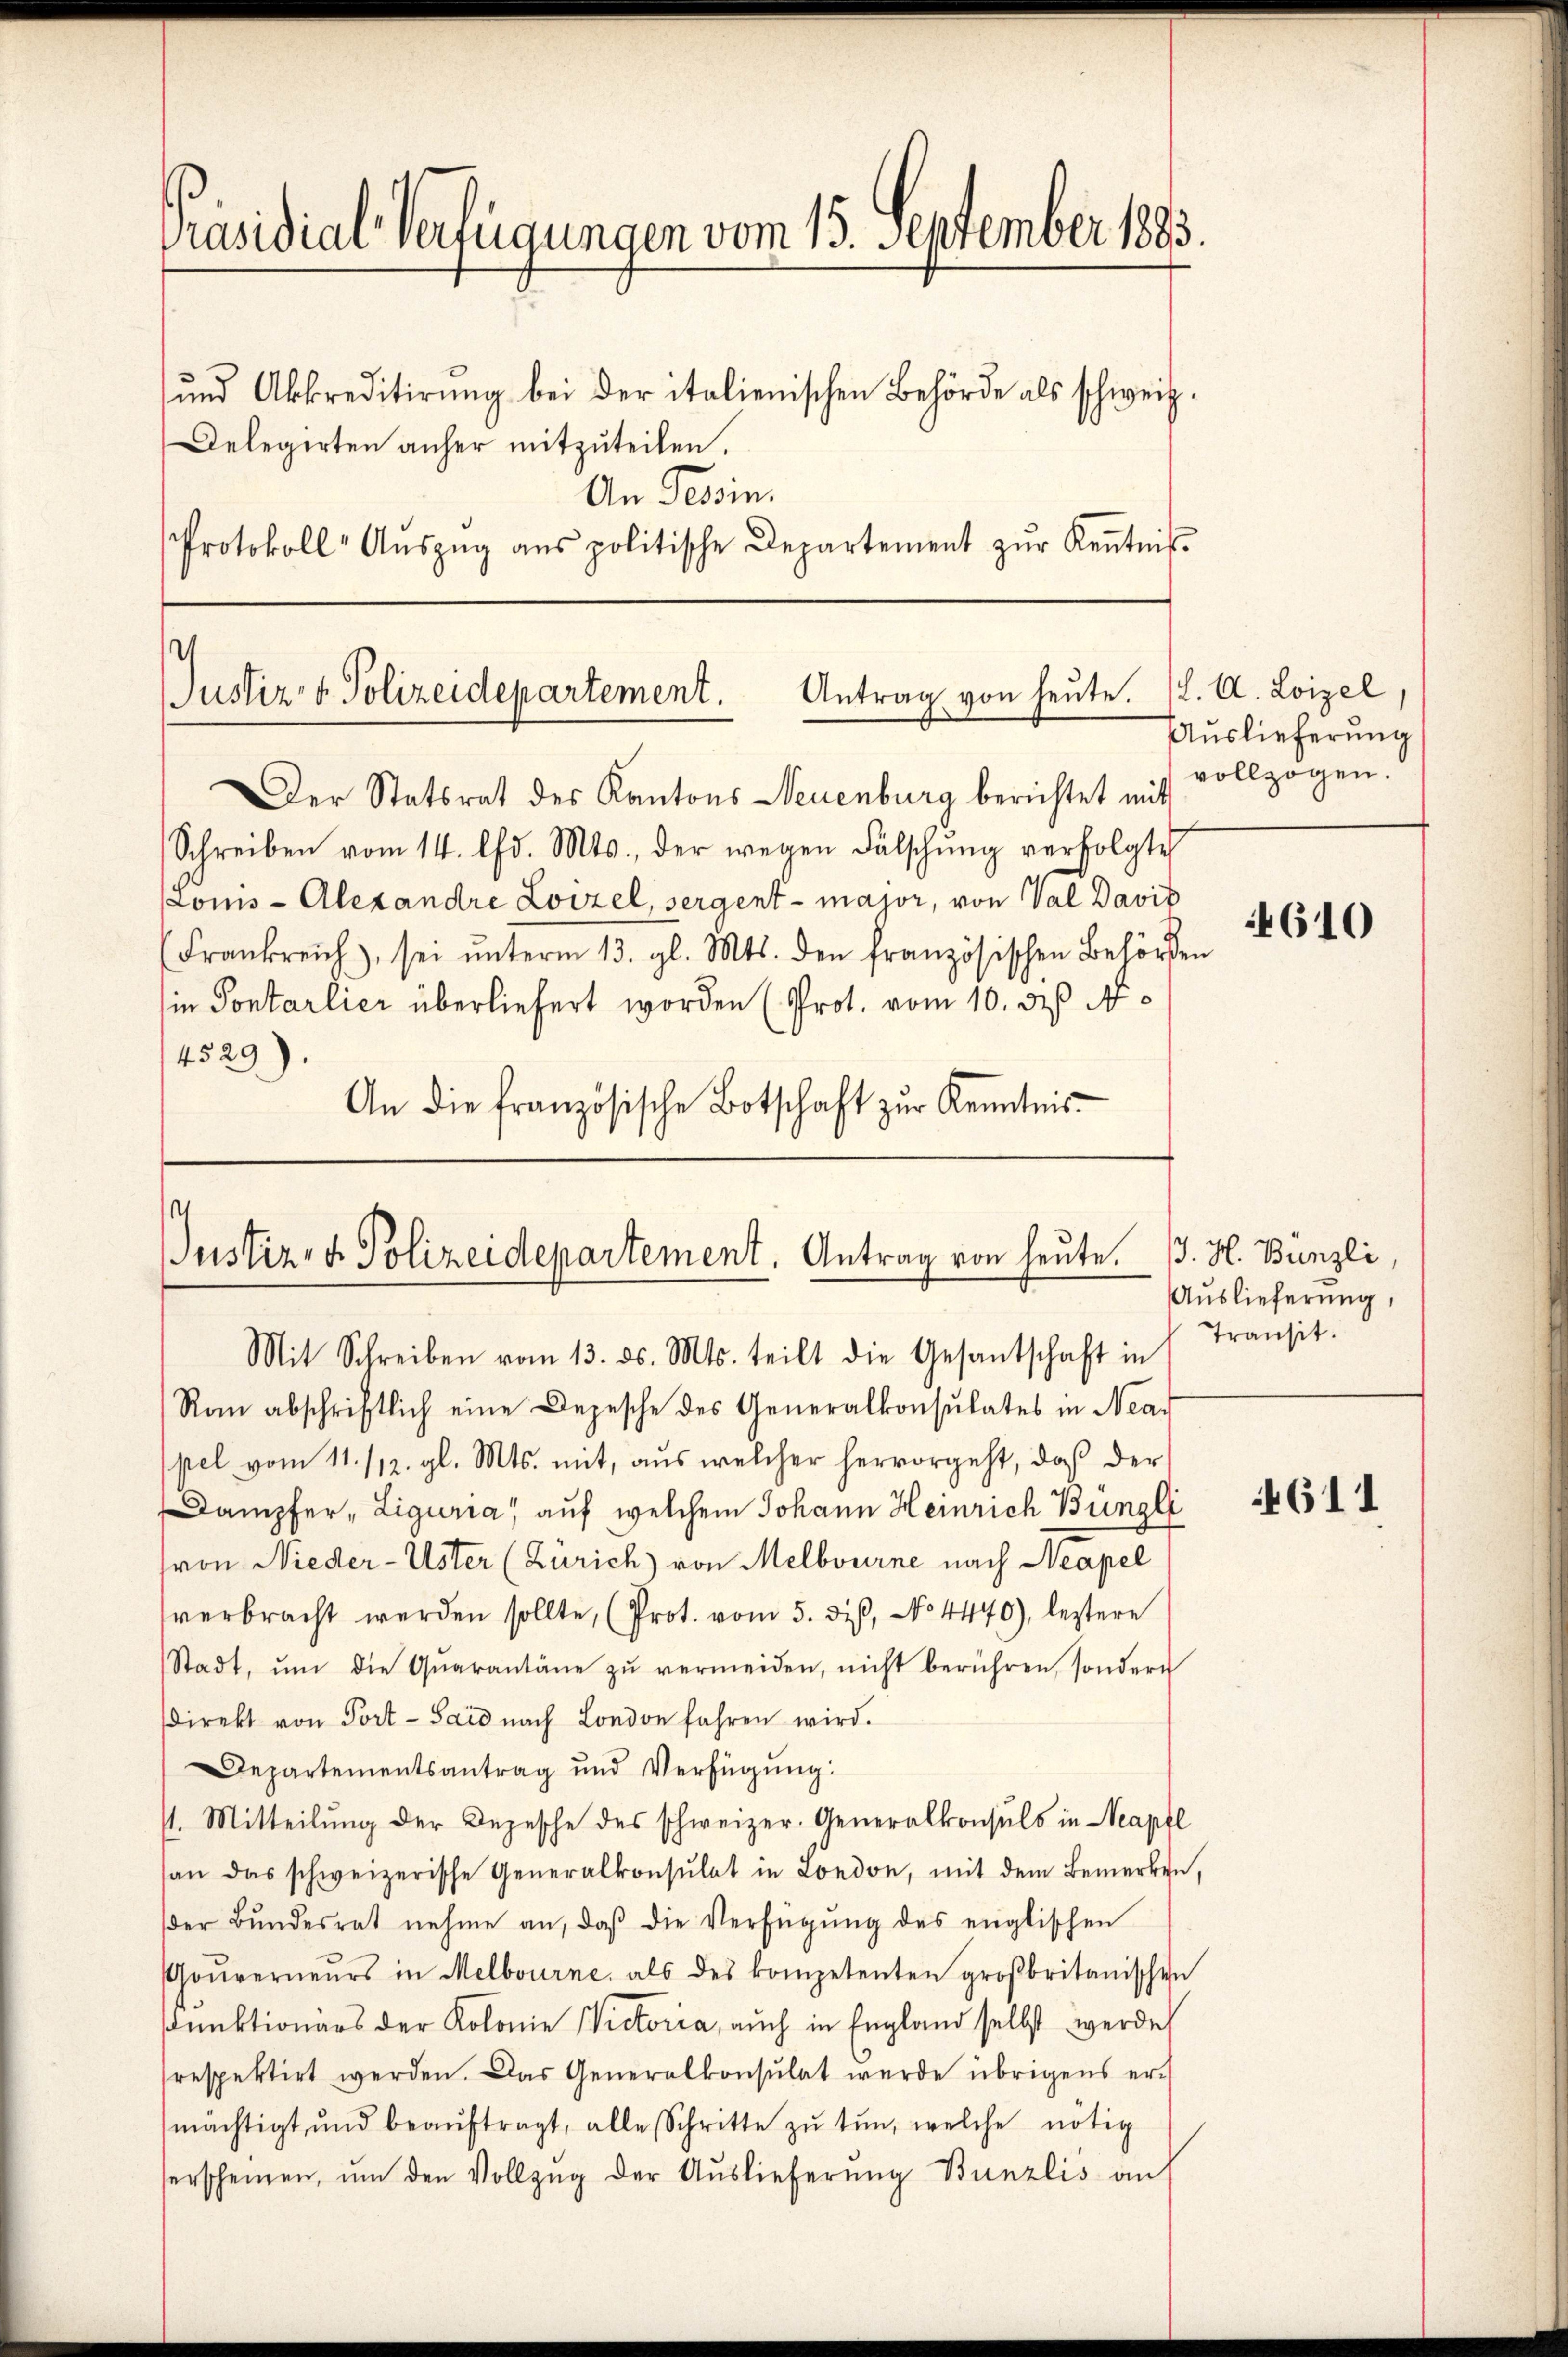
Protokoll- Aŭszŭg ans politische Departement zŭr Keṅtnis-

Präsidial-Verfügungen vom 15. September 1883.
und Akkreditirung bei der italienischen Behörde als schweiz.
Delegirten anher mitzuteilen.
An Tessin.

Antrag von heŭte. (L. A. Loizel,
Justiz- & Polizeidepartement.

Der Statsrat des Kantons Neuenburg berichtet mit
Schreiben vom 14. d. Mts., der wegen Fälschung verfolgte
Loms - Alexandre Loizel, sergent - major, von Val David
(Frankreich, sei ŭnterm 13. gl. Mts. den französischen Behörden
in Sontarlier überliefert worden (Prot. vom 10. de N
4529).
An die französische Botschaft zur Kenntnis-

.
Justiz- & Polizeidepartement. Antrag von heute.

Mit Schreiben vom 13. ds. Mts. teilt die Gesantschaft in Transit.
Ran abschriftlich eine Depesche des Generalkonsulates in Nea
pel vom 11. /12. gl. Mts. mit, aus welcher hervorgeht, daβ der
Dampfer "Liguria" auf welchem Johann Heinrich Büngli
(von Nieder-Uster (Zürich) von Melbourne nach Neapel
verbracht werden sollte, (Prot. vom 5. diβ, No 4440), letztere
Stadt, ŭm die Qŭarantäne zŭ vermeiden, nicht berühren, sondern
sdirekt von Port- Said nach London fahren wird.
Departementsantrag und Verfügung:
11. Mitteilŭng der Depesche des schweizer. Generalkonsuls in Neapfl
an das schweizerische Generalkonsulat in London, mit dem Bemerken,
der Bŭndesrat nehme an, daβ die Verfügŭng des englischen
Gouverneurs in Melbourne, als des kompetenten großbritanischen
unktionärs der Kolonie Victoria, auch in England selbst werde
respektirt werden. Das Generalkonsulat werde übrigens er-
mächtigt und beaŭftragt, alle Schritte zŭ tŭn, welche nötig
serscheinen, ŭm den Vollzŭg der Auslieferŭng Bünzlis an

Auslieferung
vollzogen.

4610

. H. Bünzli,
Auslieferung,

4611